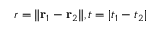
r = \| \mathbf { r } _ { 1 } - \mathbf { r } _ { 2 } \| , t = | t _ { 1 } - t _ { 2 } |